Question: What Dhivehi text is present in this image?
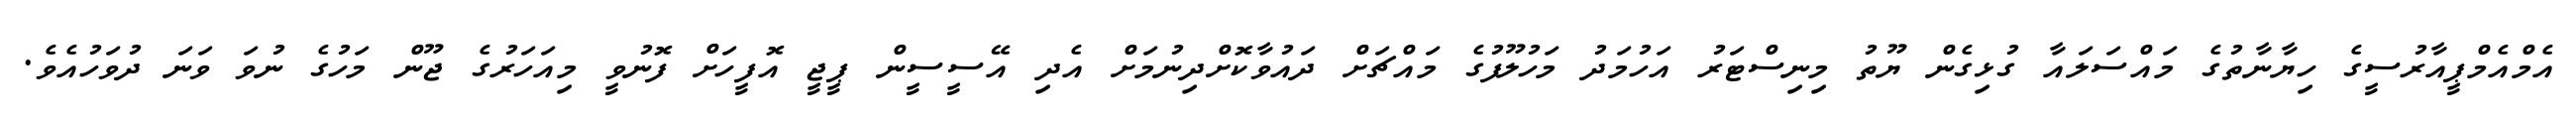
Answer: އެމްއެމްޕީއާރުސީގެ ހިޔާނާތުގެ މައްސަލައާ ގުޅިގެން ޔޫތު މިނިސްޓަރު އަހުމަދު މަހުލޫފުގެ މައްޗަށް ދައުވާކޮށްދިނުމަށް އެދި އޭސީސީން ޕީޖީ އޮފީހަށް ފޮނުވީ މިއަހަރުގެ ޖޫން މަހުގެ ނުވަ ވަނަ ދުވަހުއެވެ.